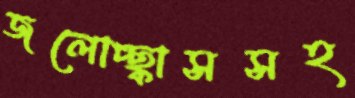
জলোচ্ছ্বাসসহ